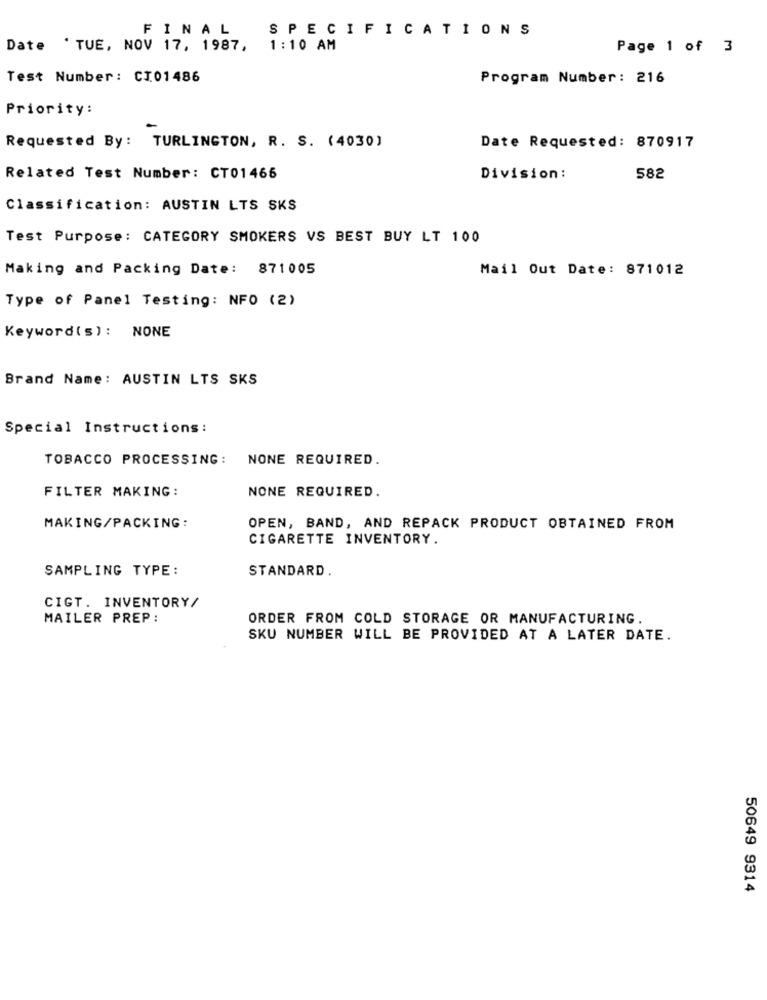
SPECIFICATIONS
FINAL
Date 'TUE, NOV 17, 1987,
1:10 AM
Page 1 of 3
Test Number: CI01486
Program Number: 216
Priority:
Requested By: TURLINGTON, R. S. (4030)
Date Requested: 870917
Related Test Number: CT01466
Division :
582
Classification: AUSTIN LTS SKS
Test Purpose: CATEGORY SMOKERS VS BEST BUY LT 100
Making and Packing Date: 871005
Mail Out Date: 871012
Type of Panel Testing: NFO (2)
Keyword(s): NONE
Brand Name: AUSTIN LTS SKS
Special Instructions:
TOBACCO PROCESSING: NONE REQUIRED.
FILTER MAKING:
NONE REQUIRED.
MAKING/PACKING:
OPEN, BAND, AND REPACK PRODUCT OBTAINED FROM
CIGARETTE INVENTORY.
SAMPLING TYPE:
STANDARD .
CIGT. INVENTORY/
MAILER PREP:
ORDER FROM COLD STORAGE OR MANUFACTURING.
SKU NUMBER WILL BE PROVIDED AT A LATER DATE.
50649 9314